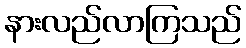
နားလည်လာကြသည်